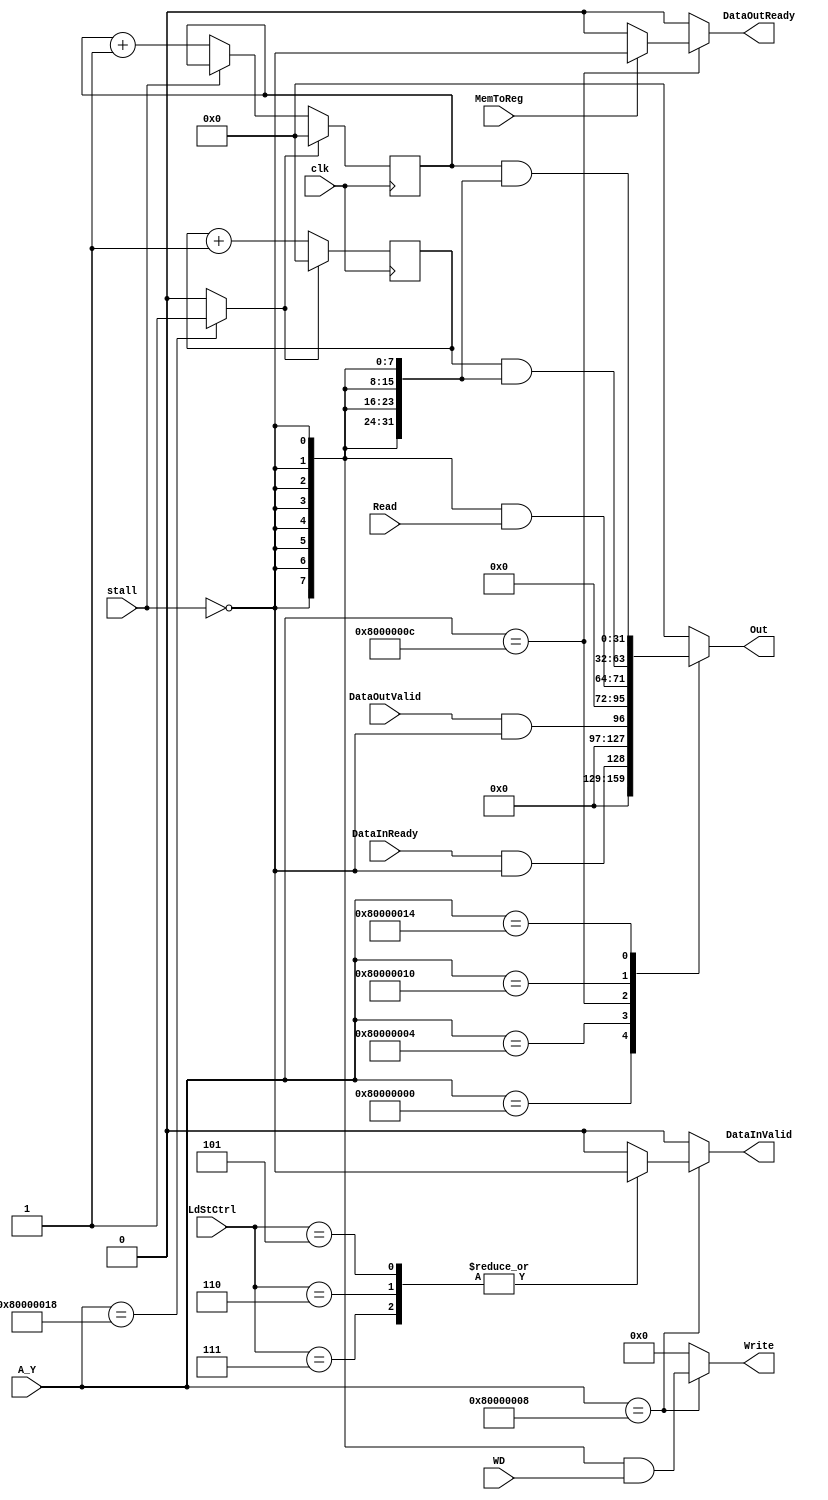
module UARTdec(
	input[7:0] WD,
	input[31:0] A_Y,
//	input[31:0] A_Z,
	input[7:0] Read,
	input[2:0] LdStCtrl,
	input DataInReady, DataOutValid,
	input stall,
	input MemToReg,
	input clk,
	output reg [7:0] Write,
	output reg [31:0] Out,
	output reg DataInValid,
	output reg DataOutReady
);

	reg [31:0] cycle_counter;
	reg [31:0] instruction_counter;
	reg temp_rst;
	
	initial temp_rst <=0;
	
	initial cycle_counter <= 32'd0;
	initial instruction_counter <= 32'd0;
	
	always @ (posedge clk) begin
		if (temp_rst) begin
			cycle_counter <= 32'd0;
			instruction_counter <= 32'd0;
		end else begin
			cycle_counter <= cycle_counter + 1;
			if (~stall) instruction_counter <= instruction_counter+1;
		end
	end
	
	always@(*) begin
		case(A_Y)
			32'h80000000:begin	//read DataInReady 
				Out= {31'd0, DataInReady&(!stall)};
				Write = 8'd0;
				DataInValid = 1'b0;
				DataOutReady = 1'b0;
				temp_rst <= 1'b0;
				end
			32'h80000004:begin  //read DataOutValid
				Out = {31'd0, DataOutValid&(!stall)};
				Write = 8'd0;
				DataInValid = 1'b0;
				DataOutReady = 1'b0;
				temp_rst <= 1'b0;
				end
			32'h80000008:begin  //write to DataIn
				Write = {8{!stall}}&WD[7:0];
				Out = 32'd0;
				case(LdStCtrl)
					3'b101,3'b110,3'b111: DataInValid = !stall; //all the stores
					default: DataInValid = 1'b0;
				endcase
				DataOutReady = 1'b0;
				temp_rst <= 1'b0;
				end
			32'h8000000c:begin  //read DataOut
				Out = {24'd0, {8{!stall}} & Read};
				Write = 8'd0;
				DataInValid = 1'b0;
				if (MemToReg)
				DataOutReady = !stall;
				else
				DataOutReady = 1'b0;

				temp_rst <= 1'b0;
				end
			32'h80000010:begin //Cycle Counter
				Out = cycle_counter & {32{!stall}};
				Write = 8'd0;
				DataInValid = 1'b0;
				DataOutReady = 1'b0;
				temp_rst <= 1'b0;
				end
			32'h80000014:begin //instruction counter
				Out = instruction_counter & {32{!stall}};
				Write = 8'd0;
				DataInValid = 1'b0;
				DataOutReady = 1'b0;
				temp_rst <= 1'b0;
				end
			32'h80000018:begin //reset counters to 0
				Out = 32'd0;
				Write = 8'd0;
				DataInValid = 1'b0;
				DataOutReady = 1'b0;
				temp_rst <= 1'b1;
				//reset counters
				//instruction_counter = 32'd0;
				//cycle_counter = 32'd0;
				end
			default:begin
				Out = 32'd0;
				Write = 8'd0;
				DataInValid = 1'b0;
				DataOutReady = 1'b0;
				temp_rst <= 1'b0;
				end
		endcase
	end

/**
	always@(*) begin
		case(A_Y)
			32'h80000000:begin	//read DataInReady 
				Write = 8'd0;
				DataInValid = 1'b0;
				end
			32'h80000004:begin  //read DataOutValid
				Write = 8'd0;
				DataInValid = 1'b0;
				end
			32'h80000008:begin  //write to DataIn
				Write = WD[7:0];
				case(LdStCtrl)
					3'b101,3'b110,3'b111: DataInValid = 1'b1 & !stall; //all the stores
					default: DataInValid = 1'b0;
				endcase
				end
			32'h8000000c:begin  //read DataOut
				Write = 8'd0;
				DataInValid = 1'b0;
				end
			default:begin
				Write = 8'd0;
				DataInValid = 1'b0;
				end
		endcase
	end

	always @(*) begin
		case(A_Z)
			32'h80000000:begin	//read DataInReady 
				Out= {31'd0, DataInReady};
				DataOutReady = 1'b0;
				end
			32'h80000004:begin  //read DataOutValid
				Out = {31'd0, DataOutValid};
				DataOutReady = 1'b0;
				end
			32'h80000008:begin  //write to DataIn
				Out = 32'd0;
				DataOutReady = 1'b0;
				end
			32'h8000000c:begin  //read DataOut
				if(MemToReg) begin	
					Out = {24'd0, Read};
					DataOutReady = 1'b1 & !stall;
				end else begin
					Out = 32'd0;
					DataOutReady = 1'b0;
				end
				end
			default:begin
				Out = 32'd0;
				DataOutReady = 1'b0;
				end
			
		endcase
	end	
	**/

endmodule